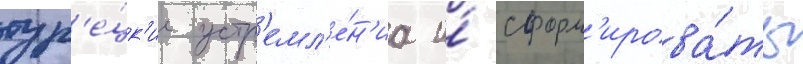
тур'е́цк'ие устр'емл'е́н'иа и́ сформ'ирова́ть